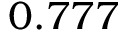
0 . 7 7 7